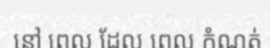
នៅ ពេល ដែល ពេល កំណត់